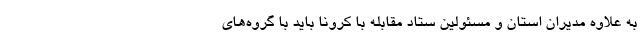
به علاوه مدیران استان و مسئولین ستاد مقابله با کرونا باید با گروه‌های